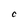
Character: C